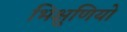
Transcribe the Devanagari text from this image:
भिक्षुणियो